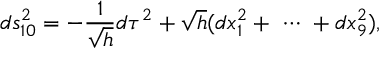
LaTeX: d s _ { 1 0 } ^ { 2 } = - \frac { 1 } { \sqrt { h } } d \tau ^ { 2 } + \sqrt { h } ( d x _ { 1 } ^ { 2 } + \ \cdots \ + d x _ { 9 } ^ { 2 } ) ,